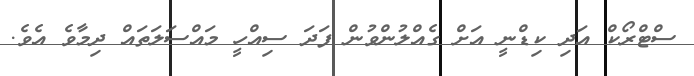
ސްޓްރޯކް އަދި ކިޑްނީ އަށް ގެއްލުންވުން ފަދަ ސިއްހީ މައްސަލަތައް ދިމާވެ އެވެ.